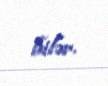
bilər.